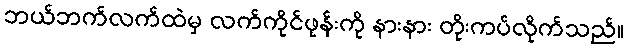
ဘယ်ဘက်လက်ထဲမှ လက်ကိုင်ဖုန်းကို နားနား တိုးကပ်လိုက်သည်။